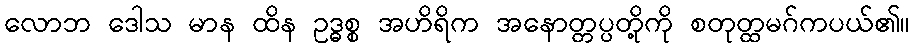
လောဘ ဒေါသ မာန ထိန ဥဒ္ဓစ္စ အဟိရိက အနောတ္တပ္ပတို့ကို စတုတ္ထမဂ်ကပယ်၏။